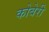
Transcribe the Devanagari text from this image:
कोबेरी